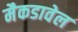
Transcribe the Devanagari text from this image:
मैकडावेल